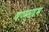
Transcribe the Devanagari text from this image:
षण्मुखम